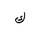
Letter: _kaf